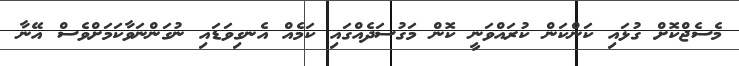
މެސެޖްކޮށް ގުޅައި ކަންކަން ކުރައްވަނީ ކޮން މަގުސަދެއްގައި ކަމެއް އެނގިވަޑައި ނުގަންނަވާކަމަށްވެސް އޭނާ